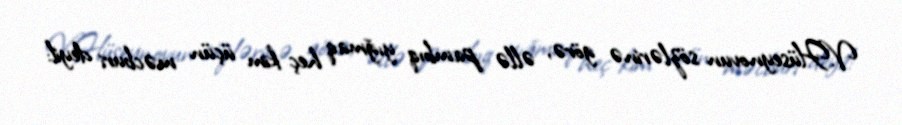
V.Hüseynovun sözlərinə görə, əllə pambıq yığmaq heç kim üçün məcburi deyil: